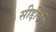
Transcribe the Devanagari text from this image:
सीद्दीकी